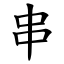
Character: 串